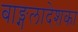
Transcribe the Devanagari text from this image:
बाङ्गलादेशका